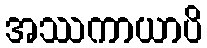
အဿကာယာပိ